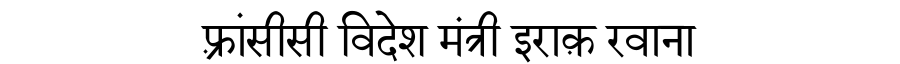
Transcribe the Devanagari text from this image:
फ़्रांसीसी विदेश मंत्री इराक़ रवाना